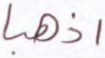
اذهبا